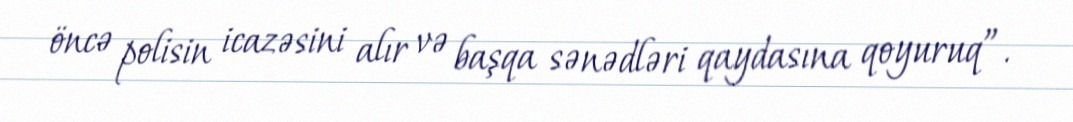
öncə polisin icazəsini alır və başqa sənədləri qaydasına qoyuruq”.